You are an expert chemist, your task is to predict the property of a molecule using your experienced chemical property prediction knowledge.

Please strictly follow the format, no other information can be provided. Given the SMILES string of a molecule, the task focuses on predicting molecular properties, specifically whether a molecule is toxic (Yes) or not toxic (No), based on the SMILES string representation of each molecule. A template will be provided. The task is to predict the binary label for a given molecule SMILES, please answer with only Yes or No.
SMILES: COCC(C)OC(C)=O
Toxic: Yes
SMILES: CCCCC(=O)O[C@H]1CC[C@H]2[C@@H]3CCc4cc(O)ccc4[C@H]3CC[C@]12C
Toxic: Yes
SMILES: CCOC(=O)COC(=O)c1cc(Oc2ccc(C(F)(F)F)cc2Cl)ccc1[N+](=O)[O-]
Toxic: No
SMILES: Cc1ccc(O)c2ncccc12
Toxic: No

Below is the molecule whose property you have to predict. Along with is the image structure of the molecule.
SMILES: Oc1c(Br)c(Br)c(Br)c(Br)c1Br
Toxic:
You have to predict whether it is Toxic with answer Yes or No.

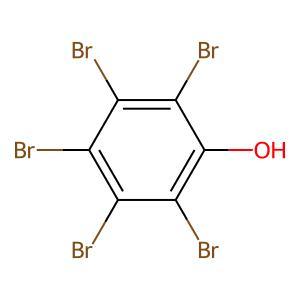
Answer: No